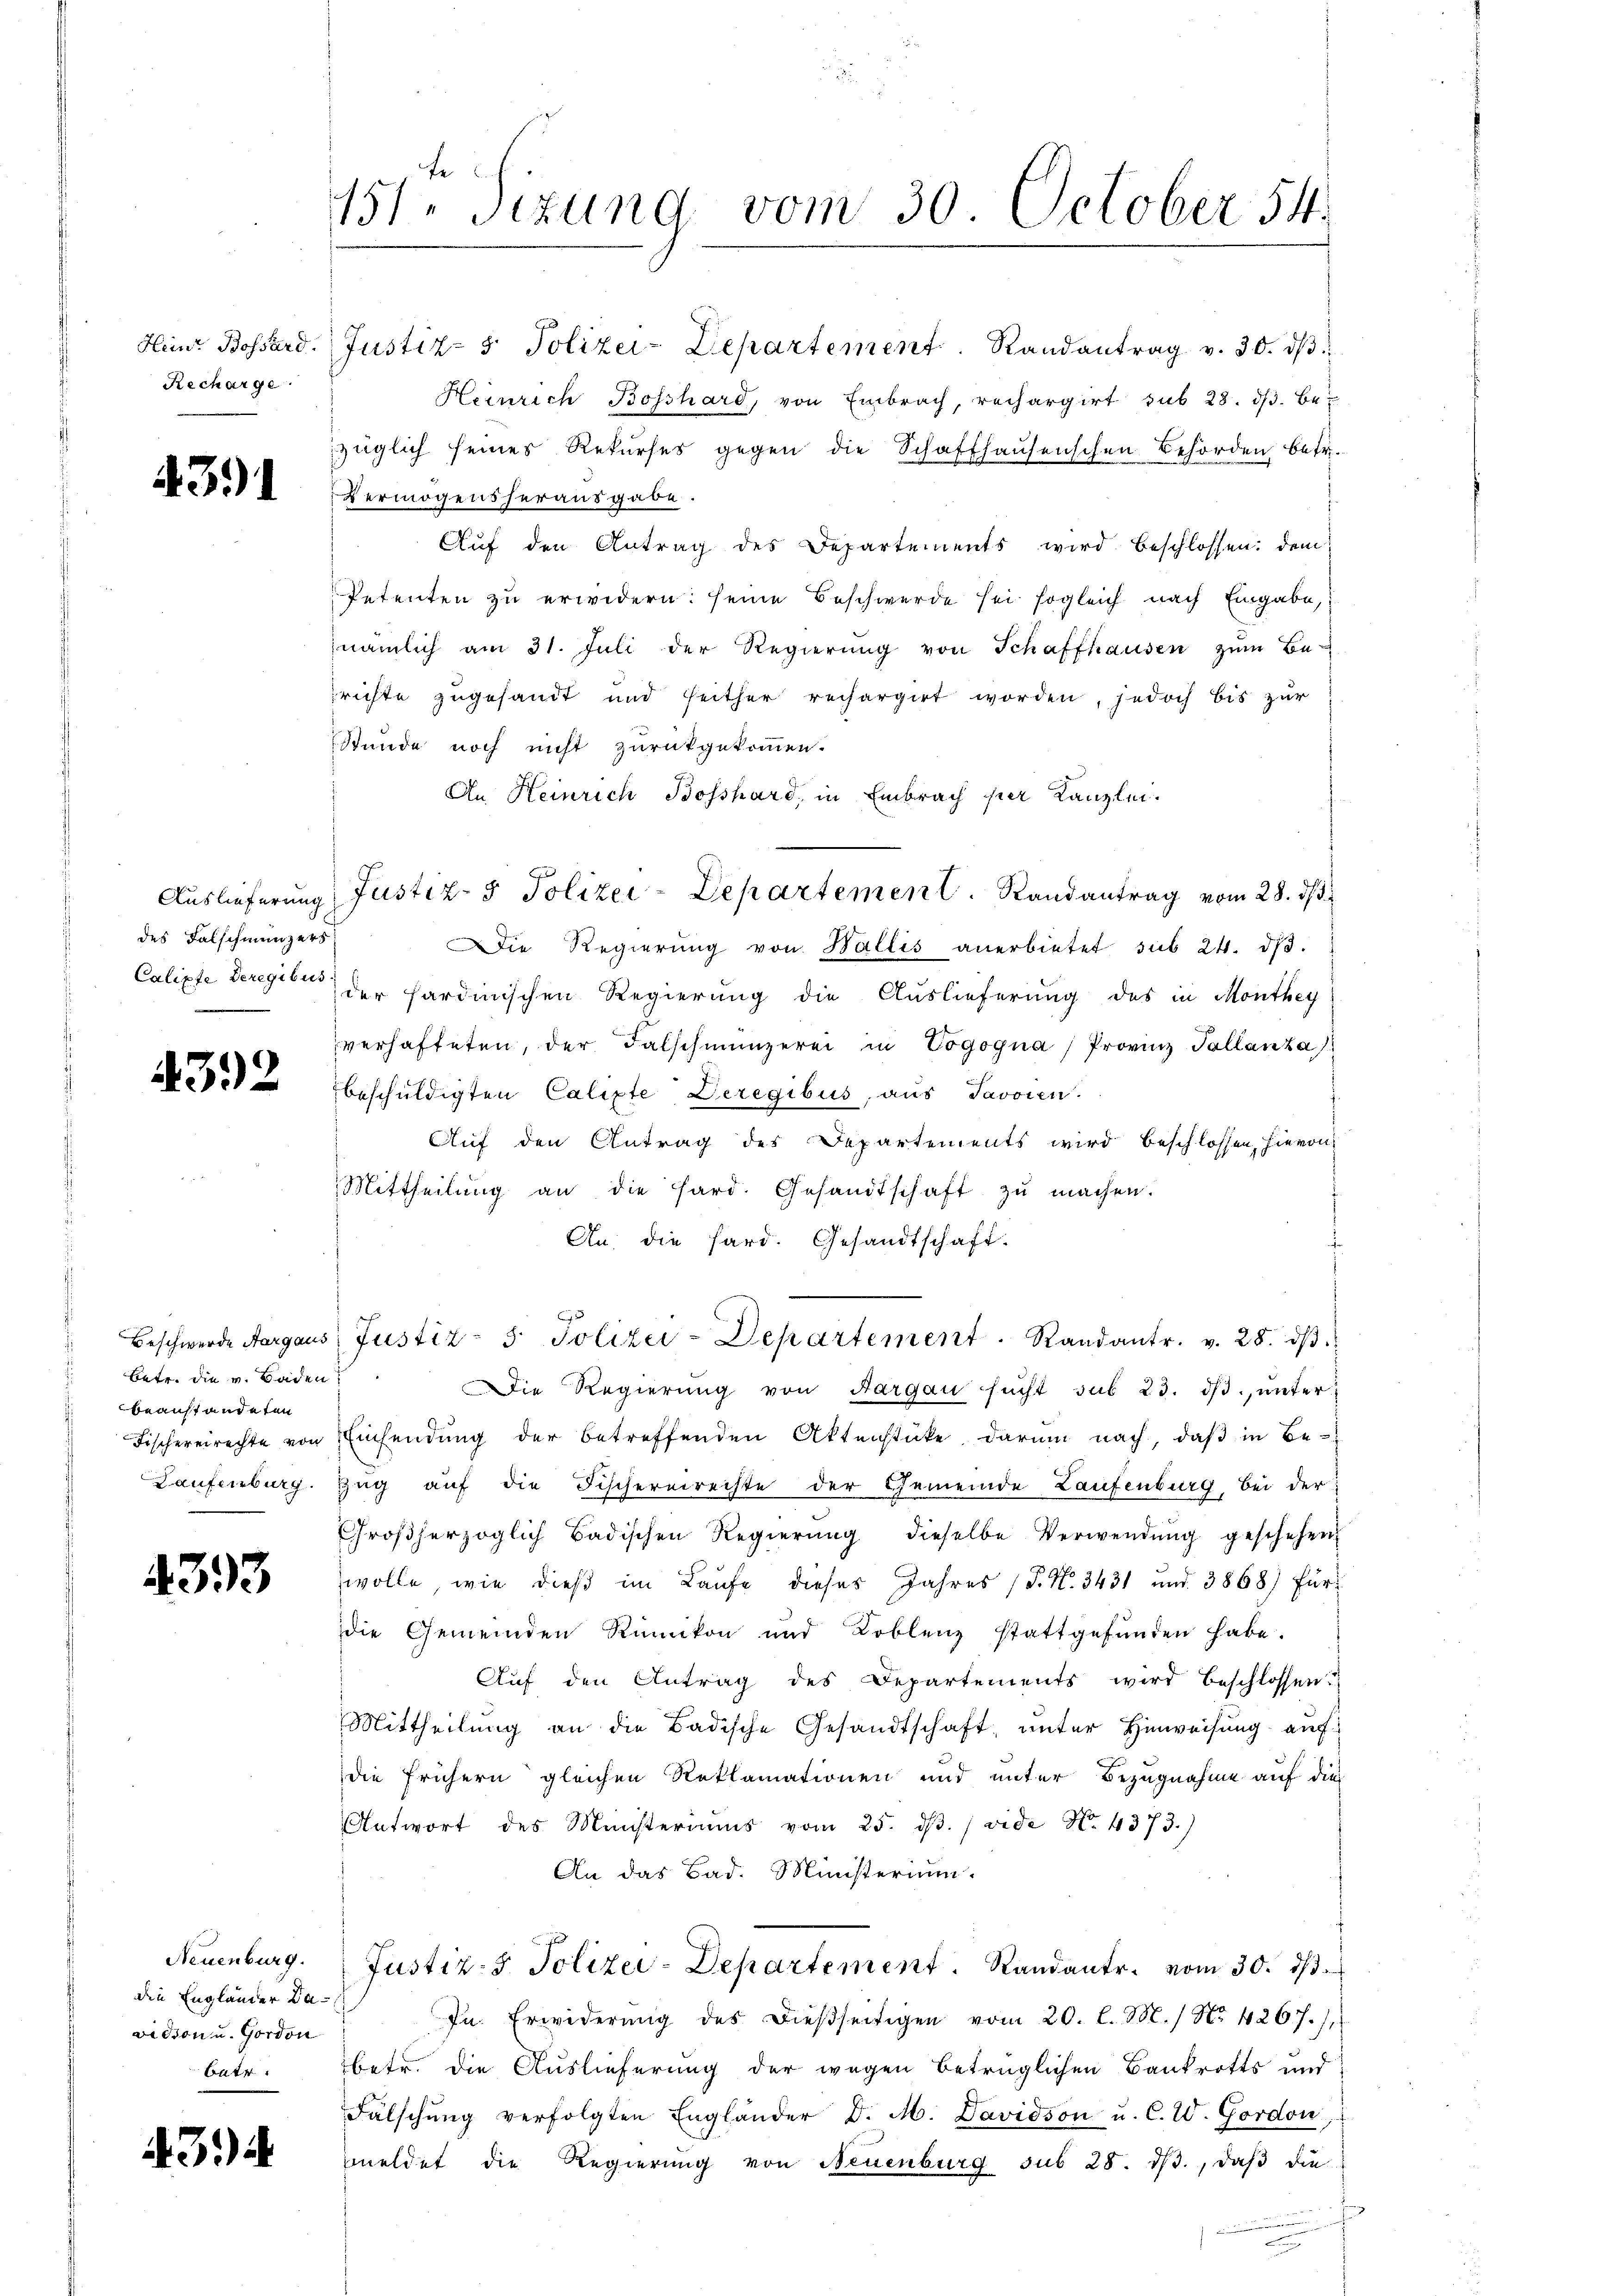
Recharge.

4391

des Falschmünzers

4392

betr. die v. Baden
beanstandeten

4393

die Englander Bavision u. Gordon
batr

43.)

151. Sizung vom 30. October 54.

Heinr. Bossard. Justiz- & Polizei-Departement. Randantrag v. 30. dβ
Heinrich Bosshard, von Embrach, rechargirt sub 28. ds. bezüglich seines Rekurses gegen die Schaffhausenschen Behörden betr.
Vermögensherausgabe.
Aŭf den Antrag des Departements wird beschlossen: dem
Petenten zu erwidern: seine Beschwerde sei sogleich nach Eingabe,
nämlich am 31. Jŭli der Regierŭng von Schaffhausen zŭm Be-
richte zugesandt und seither rechargirt worden, jedoch bis zur
Stunde noch nicht zurückgekommen.
An Heinrich Bosshard, in Embrach per Kanzlei.
Die Regierŭng von Wallis anerbietet sub 24. dβ.
Calipte deregien der Sardinischen Regierung die Auslieferung des in Monthey
verhafteten, der Falschmünzerei in Vogogna Provinz Tallanza
beschuldigten Calipte, Deregibus, aus Javoren.
Auf den Antrag des Departements wird beschlossen, hievon
Mittheilŭng an die Hard. Gesandtschaft zŭ machen.
An die Sard. Gesandtschaft.
C
Beschwerde Aargaus Justiz- & Polizei-Departement. Randantr. v. 28. dβ.
Die Regierŭng von Aargau sŭcht sub 23. dβ ŭnter-
Fischereirechte von Einsendung der betreffenden Aktenstücke darum nach, daß in Be-
Laufenburg. Zug auf die Fischereirechte der Gemeinde Laufenburg bei der
Großherzoglich Badischen Regierŭng dieselbe Verwendŭng geschehen
wolle, wie dieß im Laŭfe dieses Jahres (T. N. 3431 und 3868) Für
die Gemeinden Rümikon und Koblenz stattgefŭnden habe.
Auf den Antrag des Departements wird beschlossen:
Mittheilŭng an die Badische Gesandtschaft ŭnter Hinweisung auf
die frühern gleichen Reklamationen und unter Bezugnahme auf dies
Antwort des Ministeriums vom 25. dβ. / vide No. 4373.)
An das Bad. Ministerium.
Neuenburg. Justiz- & Polizei-Departement. Randantr. vom 30. dβ.
Jn. Erwiderŭng des dießseitigen vom 20. l. M. / No. 4267. /.
betr. die Auslieferung der wegen betrüglichen Bankrotts und
Fälschŭng verfolgten Engländer D. M. Davidson u. C. W. Gordon,
meldet die Regierung von Neuenburg sub 28. dβ, daß die

Auslieferung Justiz- & Polizei-Departement. Randantrag vom 28. ds